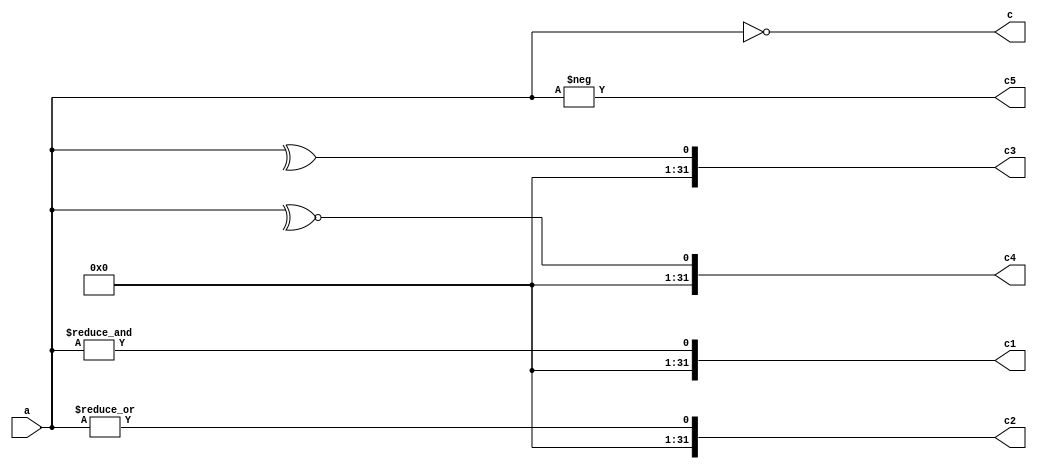
module UnaryTest(a, c, c1,c2,c3,c4, c5);
  input [31:0] a;
  output [31:0] c;
  output [31:0] c1;
  output [31:0] c2;
  output [31:0] c3;
  output [31:0] c4;
  output [31:0] c5;
  

  assign c = ~a;
  assign c1 = &a;
  assign c2 = |a;
  assign c3 = ^a;
  assign c4 = ~^a;
  assign c5 = -a;
  
endmodule